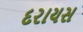
દરાયસ